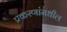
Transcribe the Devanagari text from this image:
प्रकरणांमधील